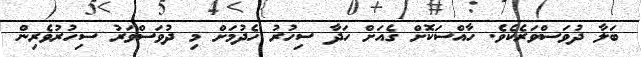
ބަލާ ދުވަސްވަރެކެވެ. ހާއްސަކޮށް ގެއަށް ހަދާ ސިހުރު ހެދުމަށް މި ދުވަސްވަރު ސިހުރުވެރިން